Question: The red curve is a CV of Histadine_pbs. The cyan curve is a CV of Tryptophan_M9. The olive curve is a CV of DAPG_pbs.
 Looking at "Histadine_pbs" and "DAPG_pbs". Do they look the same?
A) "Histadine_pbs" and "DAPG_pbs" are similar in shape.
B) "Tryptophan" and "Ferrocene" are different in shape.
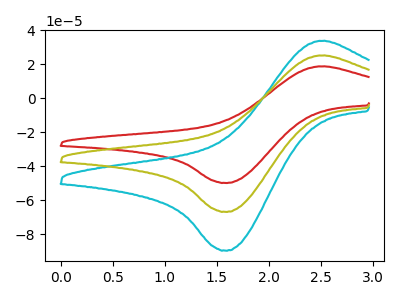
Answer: <think>The red curve "Histadine_pbs" has an anodic peak at (2.45V, 18.75uA) and a cathodic peak at (1.60V, -49.85uA). The cyan curve "Tryptophan_M9" has an anodic peak at (2.45V, 50.35uA) and a cathodic peak at (1.60V, -133.70uA). The olive curve "DAPG_pbs" has an anodic peak at (2.45V, 25.15uA) and a cathodic peak at (1.60V, -66.85uA).
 All the peaks in "Histadine_pbs" have a peak in "DAPG_pbs" at the same potential. Every peak in "Histadine_pbs" is lower than every peak in "DAPG_pbs".</think>
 <answer>A) "Histadine_pbs" and "DAPG_pbs" are similar in shape.</answer>
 <eval>A</eval>